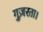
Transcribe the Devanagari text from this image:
गुज़रता।